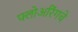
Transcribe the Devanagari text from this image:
फ्लोअरिंगचे